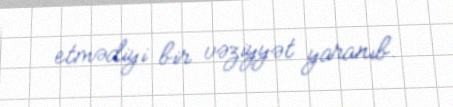
etmədiyi bir vəziyyət yaranıb.